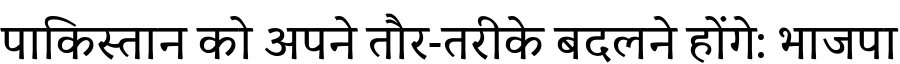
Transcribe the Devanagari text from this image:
पाकिस्तान को अपने तौर-तरीके बदलने होंगे: भाजपा